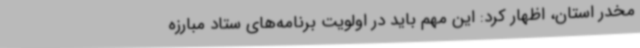
مخدر استان، اظهار کرد: این مهم باید در اولویت برنامه‌های ستاد مبارزه